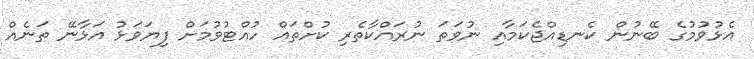
އެޅުވުމުގެ ބޭނުން ކެނޑިއްޖެކަމާއި ނުވަތަ ނުރައްކާތެރި ކުށްތައް ހުއްޓުވުމަށް ފިޔަވަޅު އަޅާނޭ ތަނެއް